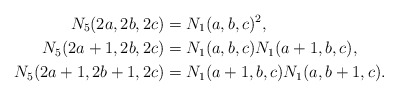
\begin{align*} N_5(2a,2b,2c)&=N_1(a,b,c)^2,\\N_5(2a+1,2b,2c)&=N_1(a,b,c)N_1(a+1,b,c),\\N_5(2a+1,2b+1,2c)&=N_1(a+1,b,c)N_1(a,b+1,c).\end{align*}